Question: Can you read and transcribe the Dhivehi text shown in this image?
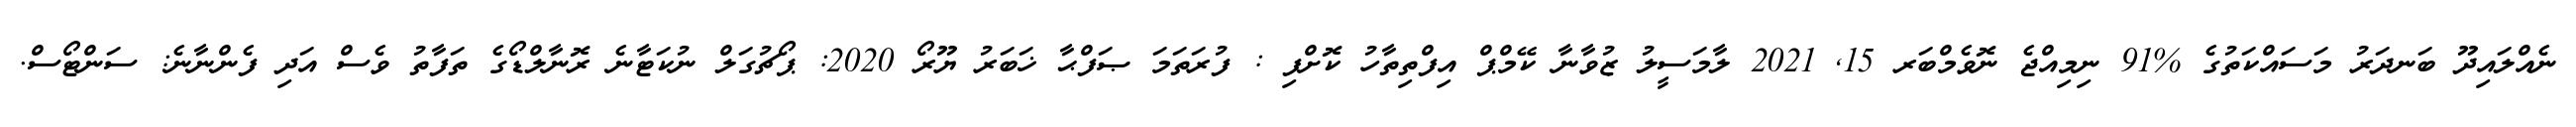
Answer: ނެއްލައިދޫ ބަނދަރު މަސައްކަތުގެ %91 ނިމިއްޖެ ނޮވެމްބަރ 15, 2021 ލާމަސީލު ޒުވާނާ ކޭމްޕް އިފްތިތާހު ކޮށްފި : ފުރަތަމަ ޞަފްޙާ ޚަބަރު ޔޫރޯ 2020: ޕޯޗުގަލް ނުކަޓާނެ ރޮނާލްޑޯގެ ތަފާތު ވެސް އަދި ފެންނާނެ: ސަންޓޯސް.